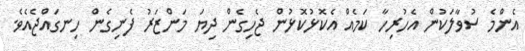
އެންމެ ސުވާލަކުން އެހުރިހާ ކަމެއް އެކޮޅުކޮޅުން ޖެހިގެން ދިޔަ މަންޒަރު ފެނިގެން ހިނގައްޖެއެވެ.